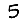
Digit: 5